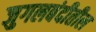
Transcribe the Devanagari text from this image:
जुगलबंदीतील